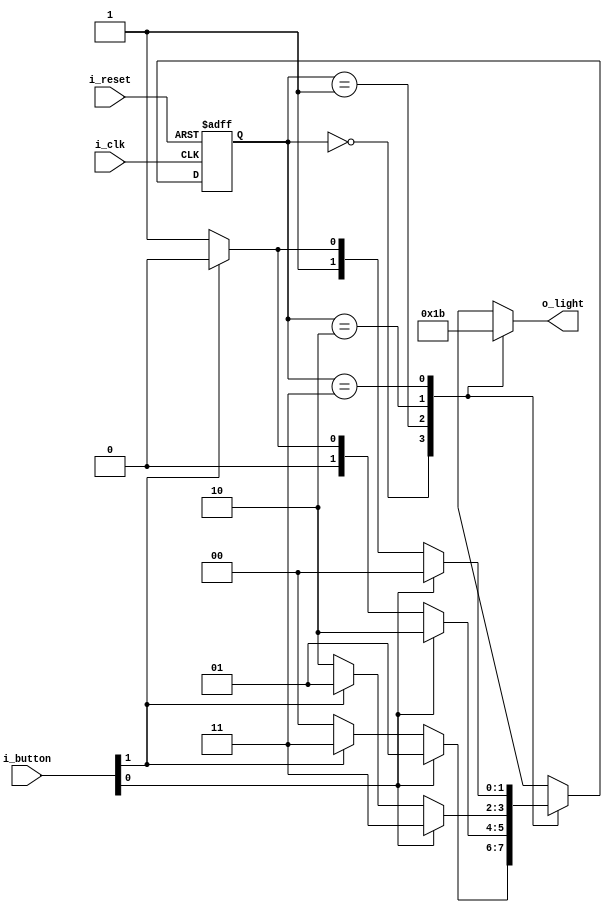
module FSM_Light_2(
    input i_clk,
    input i_reset,
    input [1:0] i_button,
    output [1:0] o_light
    );

    parameter   S_LED_00 = 2'b00,
                S_LED_01 = 2'b01,
                S_LED_10 = 2'b10,
                S_LED_11 = 2'b11;

    reg [1:0] curState, nextState;
    reg [1:0] r_light;
    assign o_light = r_light;

    /*   */
    always @(posedge i_clk or posedge i_reset) begin
        if(i_reset) curState <= S_LED_00;
        else    curState <= nextState;
    end

    /*   */
    always @(curState or i_button) begin
        case (curState)
            S_LED_00 : begin
                if(i_button[0])         nextState <= S_LED_01;
                else if(i_button[1])    nextState <= S_LED_11;
                else                    nextState <= S_LED_00;
            end
            S_LED_01 : begin
                if(i_button[0])         nextState <= S_LED_10;
                else if(i_button[1])    nextState <= S_LED_00;
                else                    nextState <= S_LED_01;
            end
            S_LED_10 : begin
                if(i_button[0])         nextState <= S_LED_11;
                else if(i_button[1])    nextState <= S_LED_01;
                else                    nextState <= S_LED_10;
            end
            S_LED_11 : begin
                if(i_button[0])         nextState <= S_LED_00;
                else if(i_button[1])    nextState <= S_LED_10;
                else                    nextState <= S_LED_11;
            end
        endcase 
    end

    /*    */
    always @(curState) begin
        case (curState)
            S_LED_00 :  r_light = 2'b00;
            S_LED_01 :  r_light = 2'b01;
            S_LED_10 :  r_light = 2'b10;
            S_LED_11 :  r_light = 2'b11;
        endcase
    end

endmodule